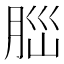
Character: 𦛁